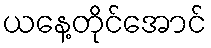
ယနေ့တိုင်အောင်